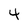
Character: 4